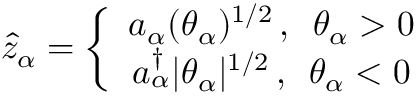
\hat { z } _ { \alpha } = \left\{ \begin{array} { c } { { a _ { \alpha } ( \theta _ { \alpha } ) ^ { 1 / 2 } \, , \enspace \theta _ { \alpha } > 0 } } \\ { { a _ { \alpha } ^ { \dagger } | \theta _ { \alpha } | ^ { 1 / 2 } \, , \enspace \theta _ { \alpha } < 0 } } \end{array} \right.